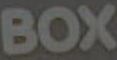
BOX